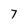
Character: 7